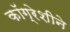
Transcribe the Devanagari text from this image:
कॉग्रेशीने